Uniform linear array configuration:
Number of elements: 16
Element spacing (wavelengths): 0.75
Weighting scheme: uniform
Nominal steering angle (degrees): -15
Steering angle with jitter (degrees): -15.551
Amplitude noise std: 0.05
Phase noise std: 0.05

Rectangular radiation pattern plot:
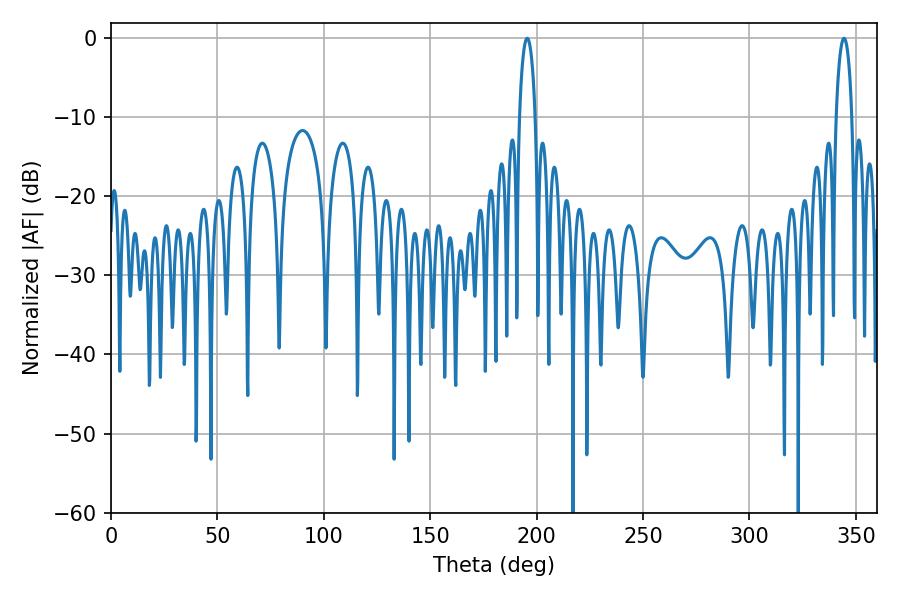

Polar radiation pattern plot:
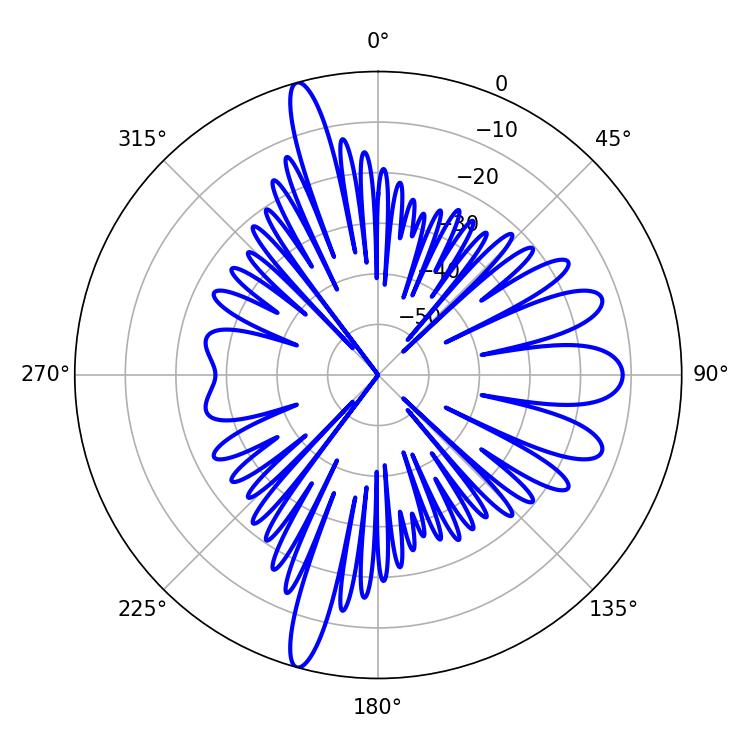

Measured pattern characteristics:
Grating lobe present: TRUE
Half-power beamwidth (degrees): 4.14
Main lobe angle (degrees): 344.52